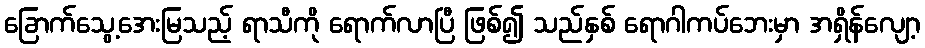
ခြောက်သွေ့အေးမြသည့် ရာသီကို ရောက်လာပြီ ဖြစ်၍ သည်နှစ် ရောဂါကပ်ဘေးမှာ အရှိန်လျော့